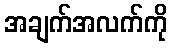
အချက်အလက်ကို